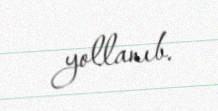
yollanıb.